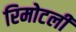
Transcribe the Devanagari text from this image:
रिमोटली